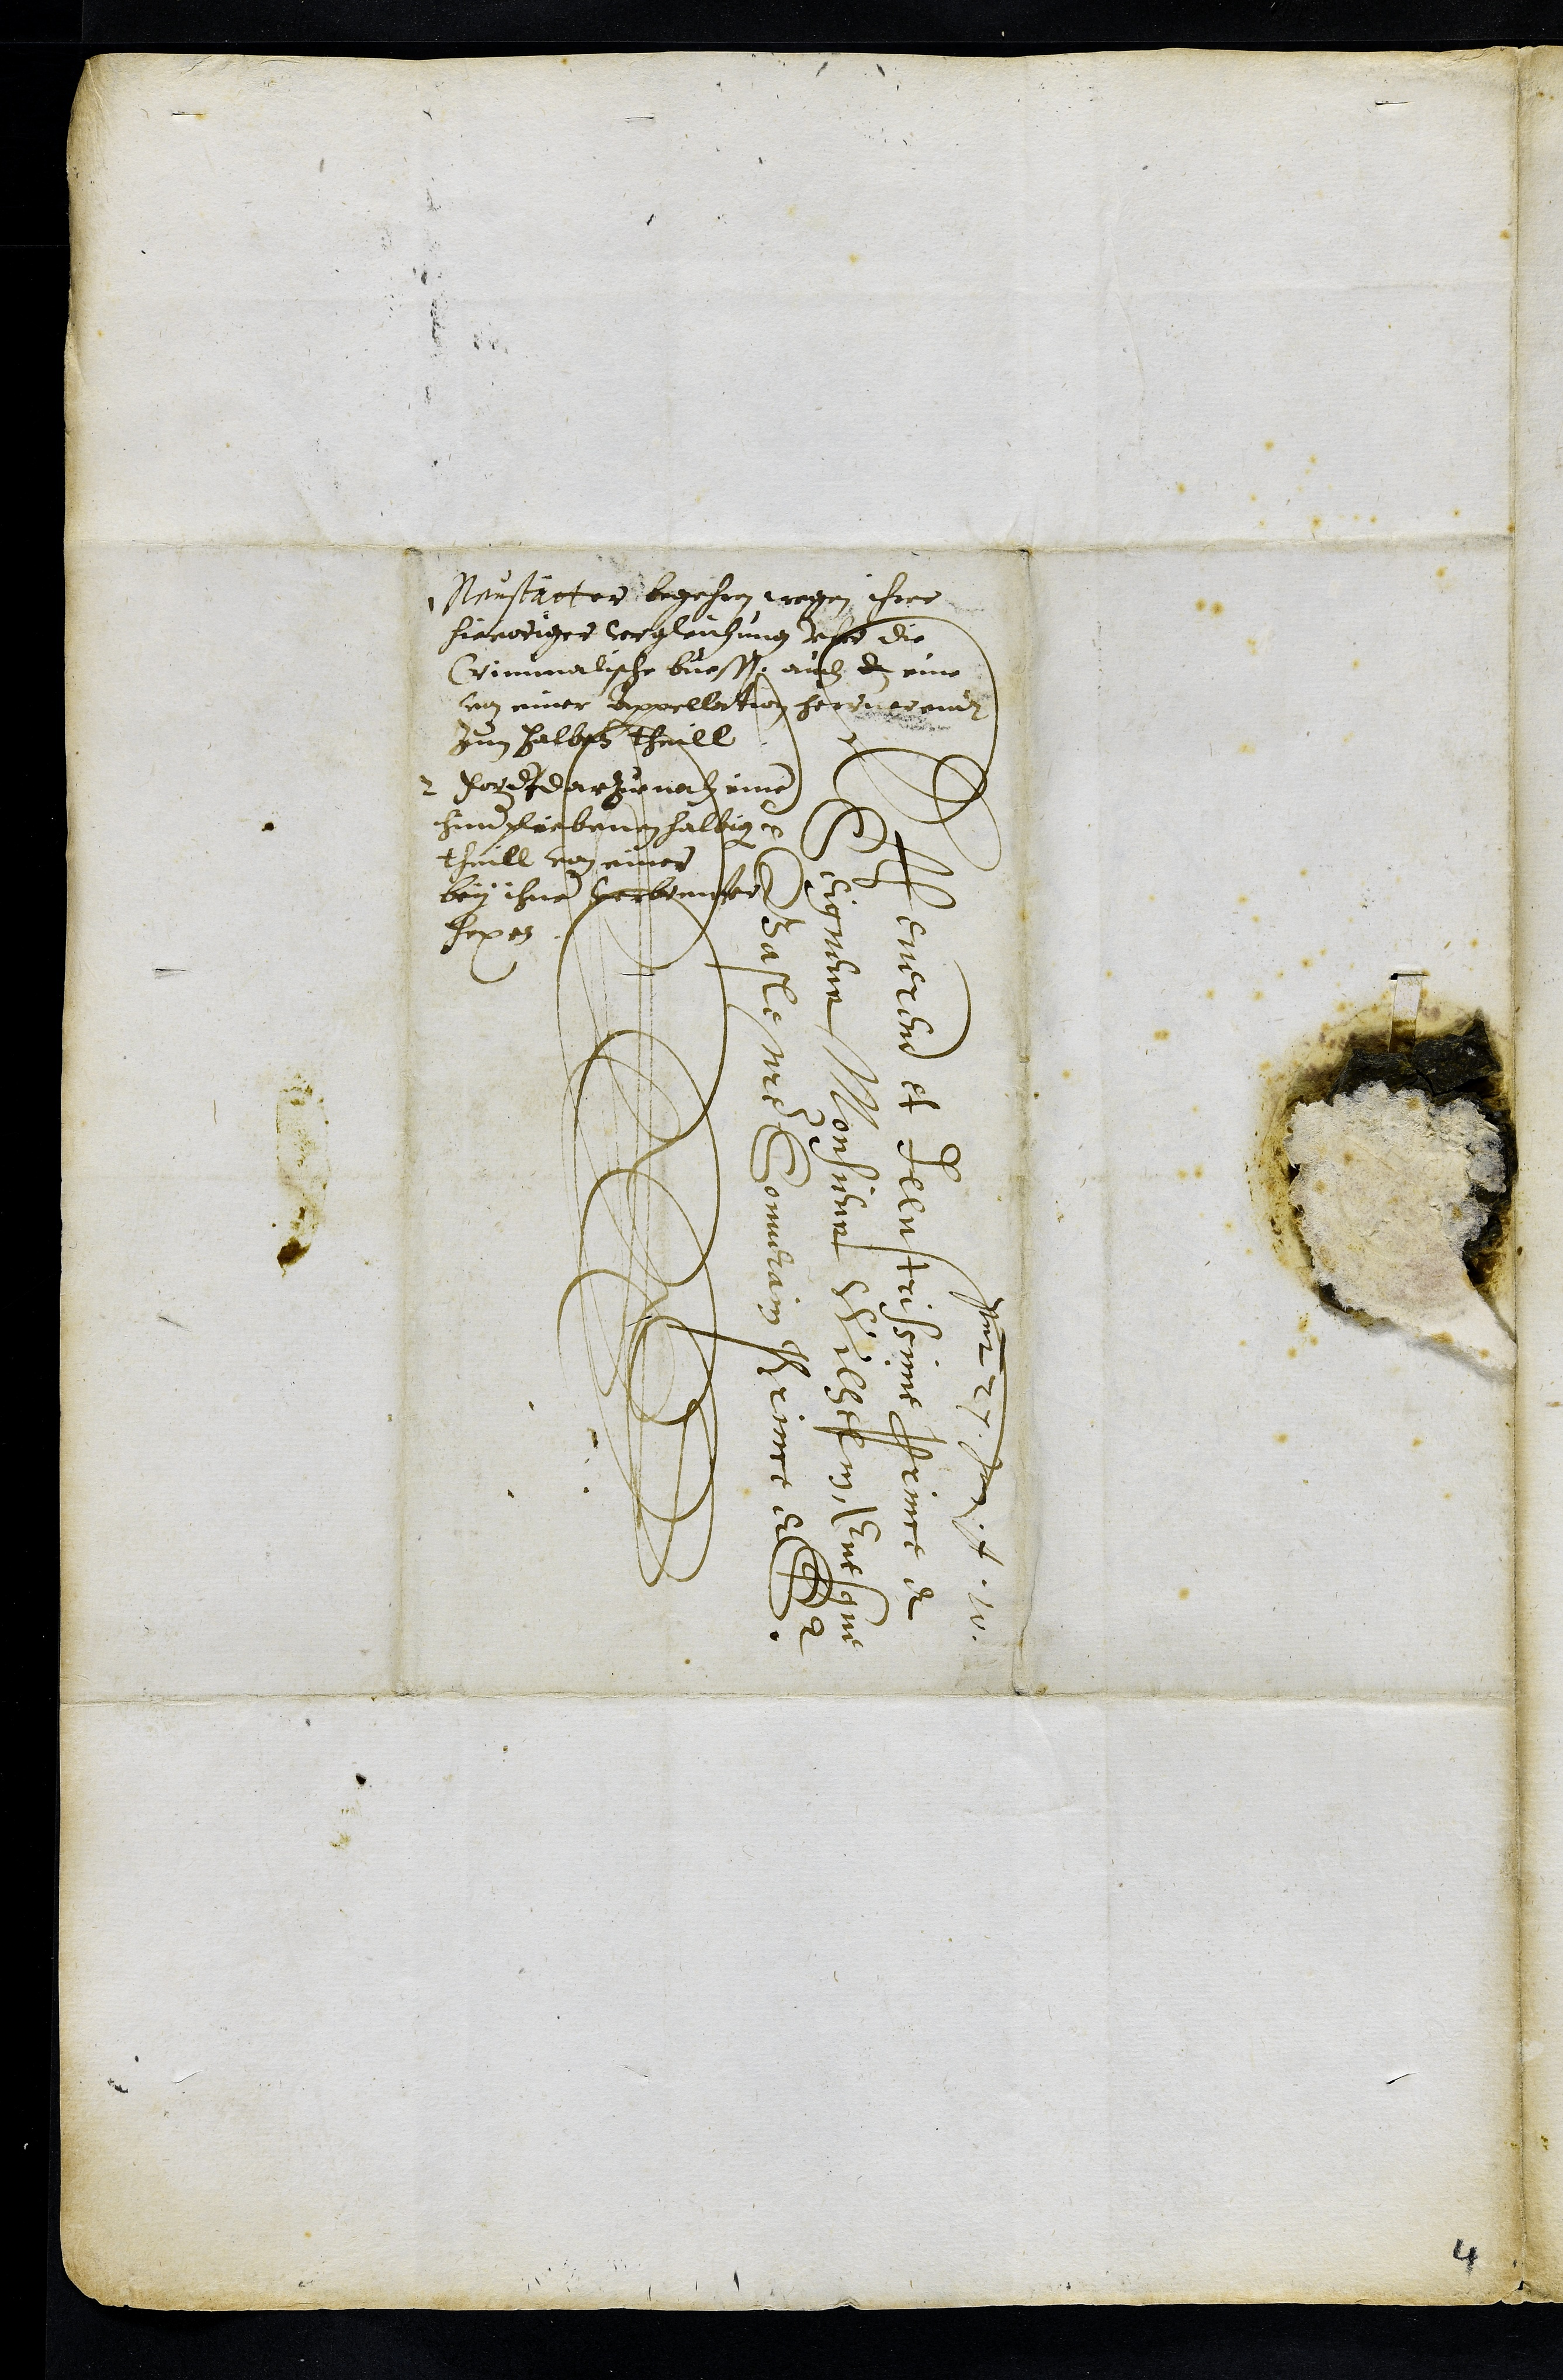
Presentatum 27. Jan. A. 10
A Reverend et Illustrissime Prince et
Seigneur Monsieur Wilhelm Evesque
de Basle notre Souverain Prince et Sr.
1 Neustätter begehen wegen ihrer
hierwiger vergleichung vber die
Criminalische buessen auch d eine
von einer Appellation herruerendt
zum halben theill
2 Fordert darzue noch einer
hinderpliebenen halbigen
theill von einer
bey ihner verbrenter
hexen
4